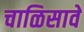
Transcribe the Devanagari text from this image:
चाळिसावे